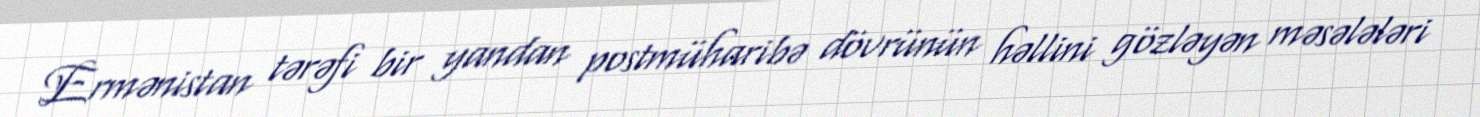
Ermənistan tərəfi bir yandan postmüharibə dövrünün həllini gözləyən məsələləri